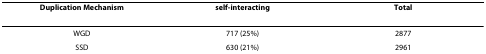
<table><thead><tr><td><b>Duplication Mechanism</b></td><td><b>self-interacting</b></td><td><b>Total</b></td></tr></thead><tbody><tr><td>WGD</td><td>717 (25%)</td><td>2877</td></tr><tr><td>SSD</td><td>630 (21%)</td><td>2961</td></tr></tbody></table>